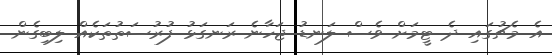
އެ މެޗުގައި ދެ ޓީމަށް ވެސް ލަނޑު ޖަހާނެ ރަނގަޅު ފުރުސަތުތަކެއް ލިބިގެން